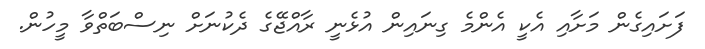
ފަށައިގެން މަށާއި އެކީ އެންމެ ގިނައިން އުޅެނީ ރާއްޖޭގެ ދެކުނަށް ނިސްބަތްވާ މީހުން.